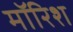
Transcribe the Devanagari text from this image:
मॉरिश